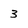
Character: 3